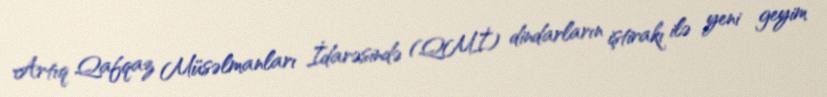
Artıq Qafqaz Müsəlmanları İdarəsində (QMİ) dindarların iştirakı ilə yeni geyim